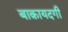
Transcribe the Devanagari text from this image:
बाक़ायदगी